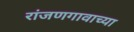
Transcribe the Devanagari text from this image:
रांजणगावाच्या